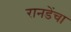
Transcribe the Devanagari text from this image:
रानडेंचा